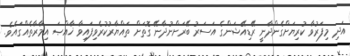
އަދި މިފަރުވާ ކުރިޔަށްގެންދާނީ ރޭޑިއޭޝަންގެ އަސަރު ބޭރަށްނުދާނޭ ގޮތަށް ތައްޔާރުކުރެވިފައިވާ ޚާއްޞަ އިމާރާތެއްގައެވެ.